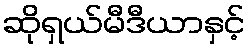
ဆိုရှယ်မီဒီယာနှင့်